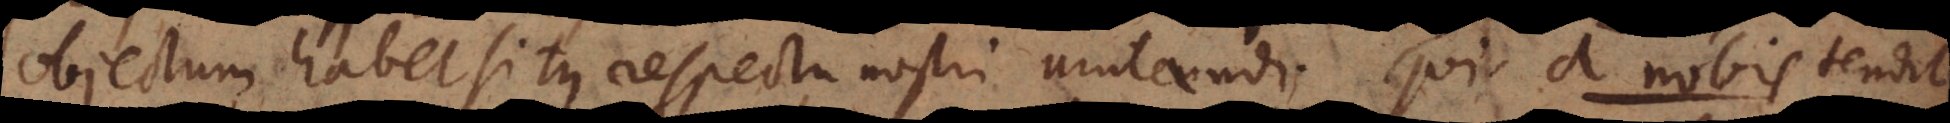
objectum habet situs respectu nostri mutandi. Qui a nobis tendit